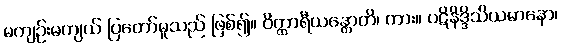
မကျဉ်းမကျယ် ပြတော်မူသည် ဖြစ်၍။ ဝိတ္ထာရီယန္တောတိ၊ ကား။ ပဋိနိဒ္ဒိသိယမာနော၊